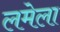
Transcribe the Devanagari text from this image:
लमेला